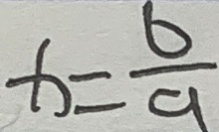
x = \frac { 6 } { 9 }